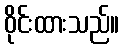
ဝိုင်းထားသည်။